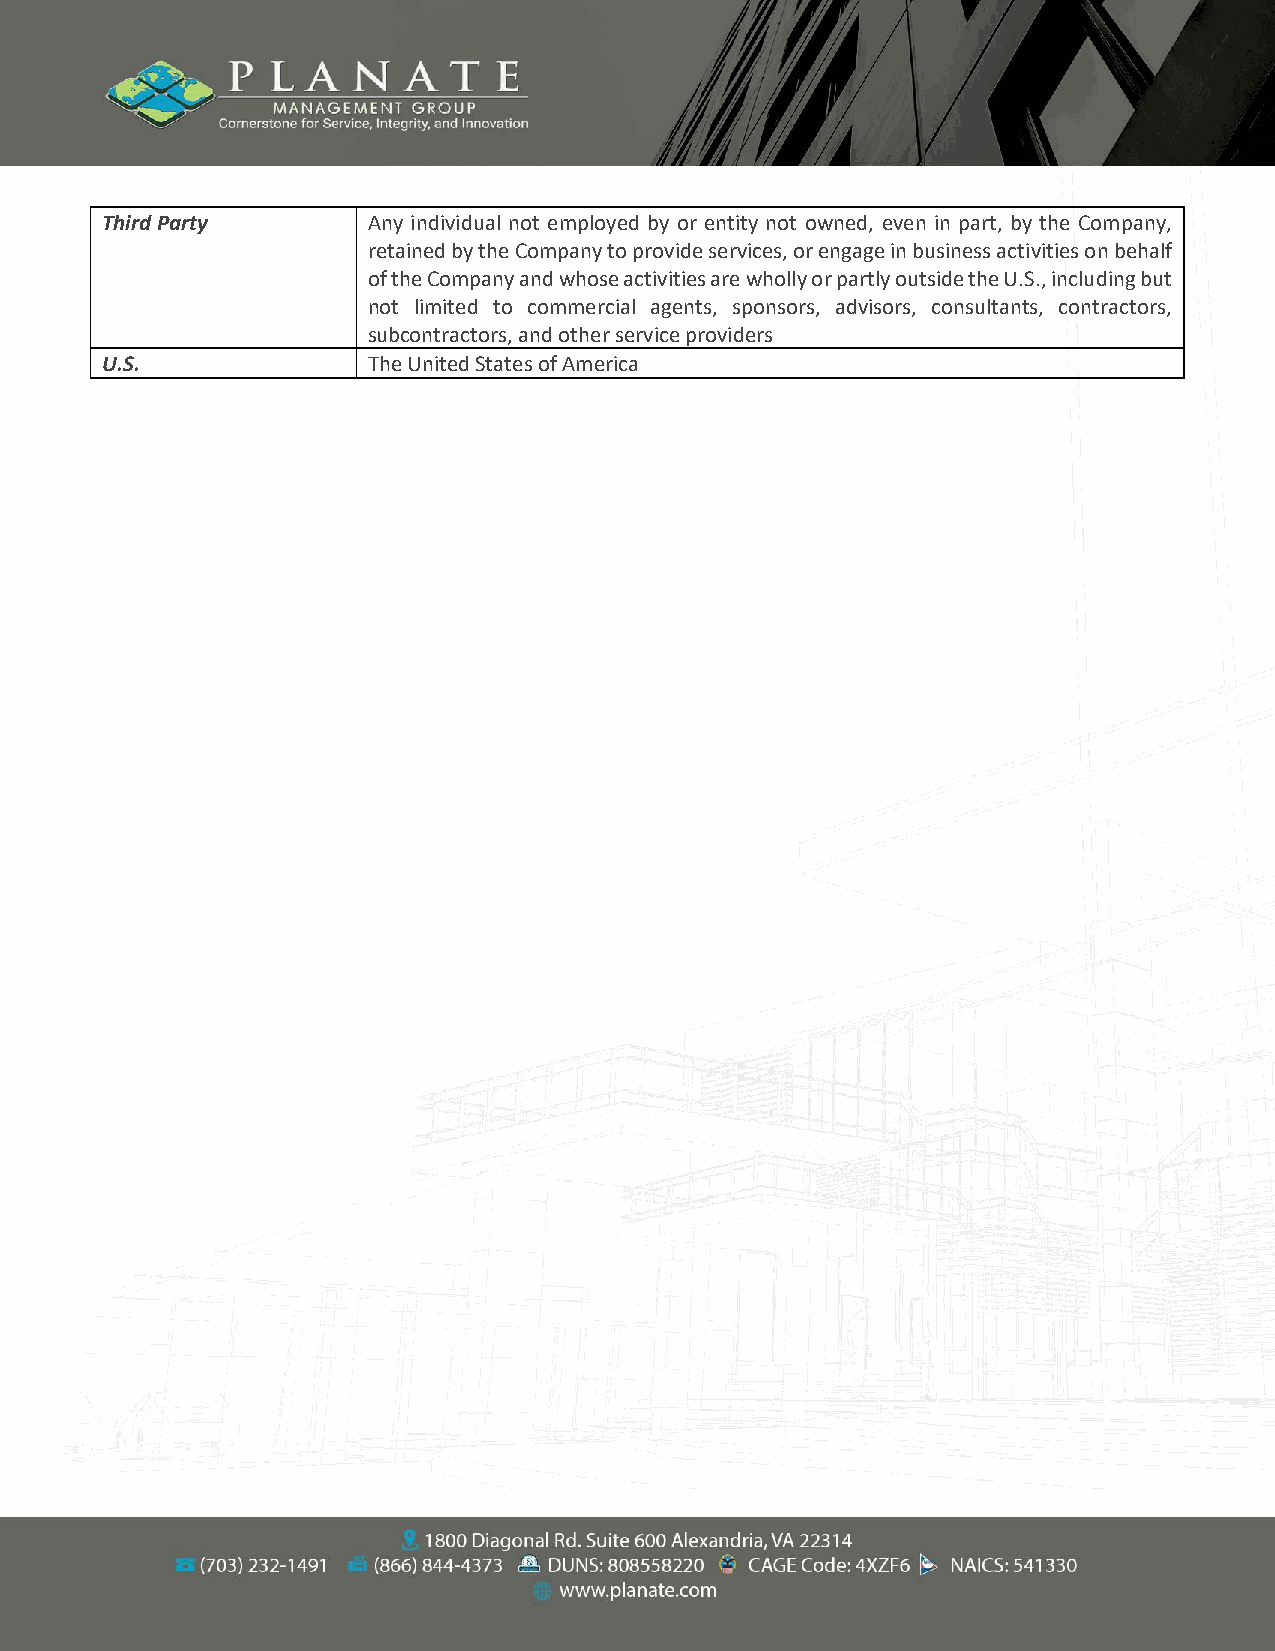
Third Party      Any individual not employed by or entity not owned, even in part, by the Company,
 retained by the Company to provide services, or engage in business activities on behalf
 of the Company and whose activities are wholly or partly outside the U.S., including but
 not limited to commercial agents, sponsors, advisors, consultants, contractors,
 subcontractors, and other service providers
 U.S.             The United States of America